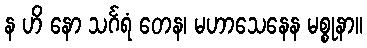
န ဟိ နော သင်္ဂရံ တေန၊ မဟာသေနေန မစ္စုနာ။